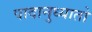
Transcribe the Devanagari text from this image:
पादानुध्यातो